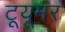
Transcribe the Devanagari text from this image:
टूयूमर